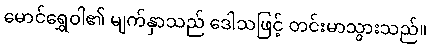
မောင်ရွှေဝါ၏ မျက်နှာသည် ဒေါသဖြင့် တင်းမာသွားသည်။